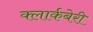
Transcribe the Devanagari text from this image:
क्लार्कबेरी